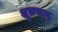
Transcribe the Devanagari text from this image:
शुक्रधातु